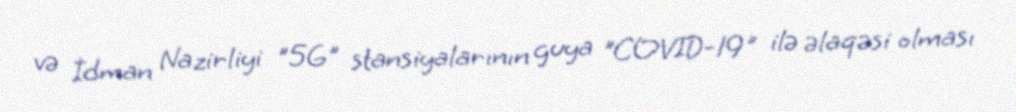
və İdman Nazirliyi "5G" stansiyalarının guya "COVID-19" ilə əlaqəsi olması